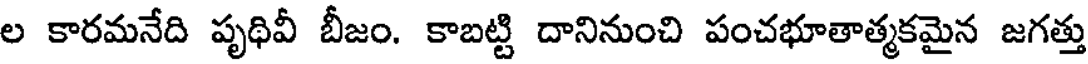
ల కారమనేది పృథివీ బీజం. కాబట్టి దానినుంచి పంచభూతాత్మకమైన జగత్తు